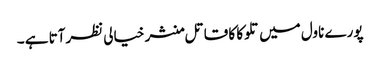
پورے ناول میں تلوکا کا قاتل منشر خیالی نظرآتا ہے ۔